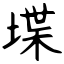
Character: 堞